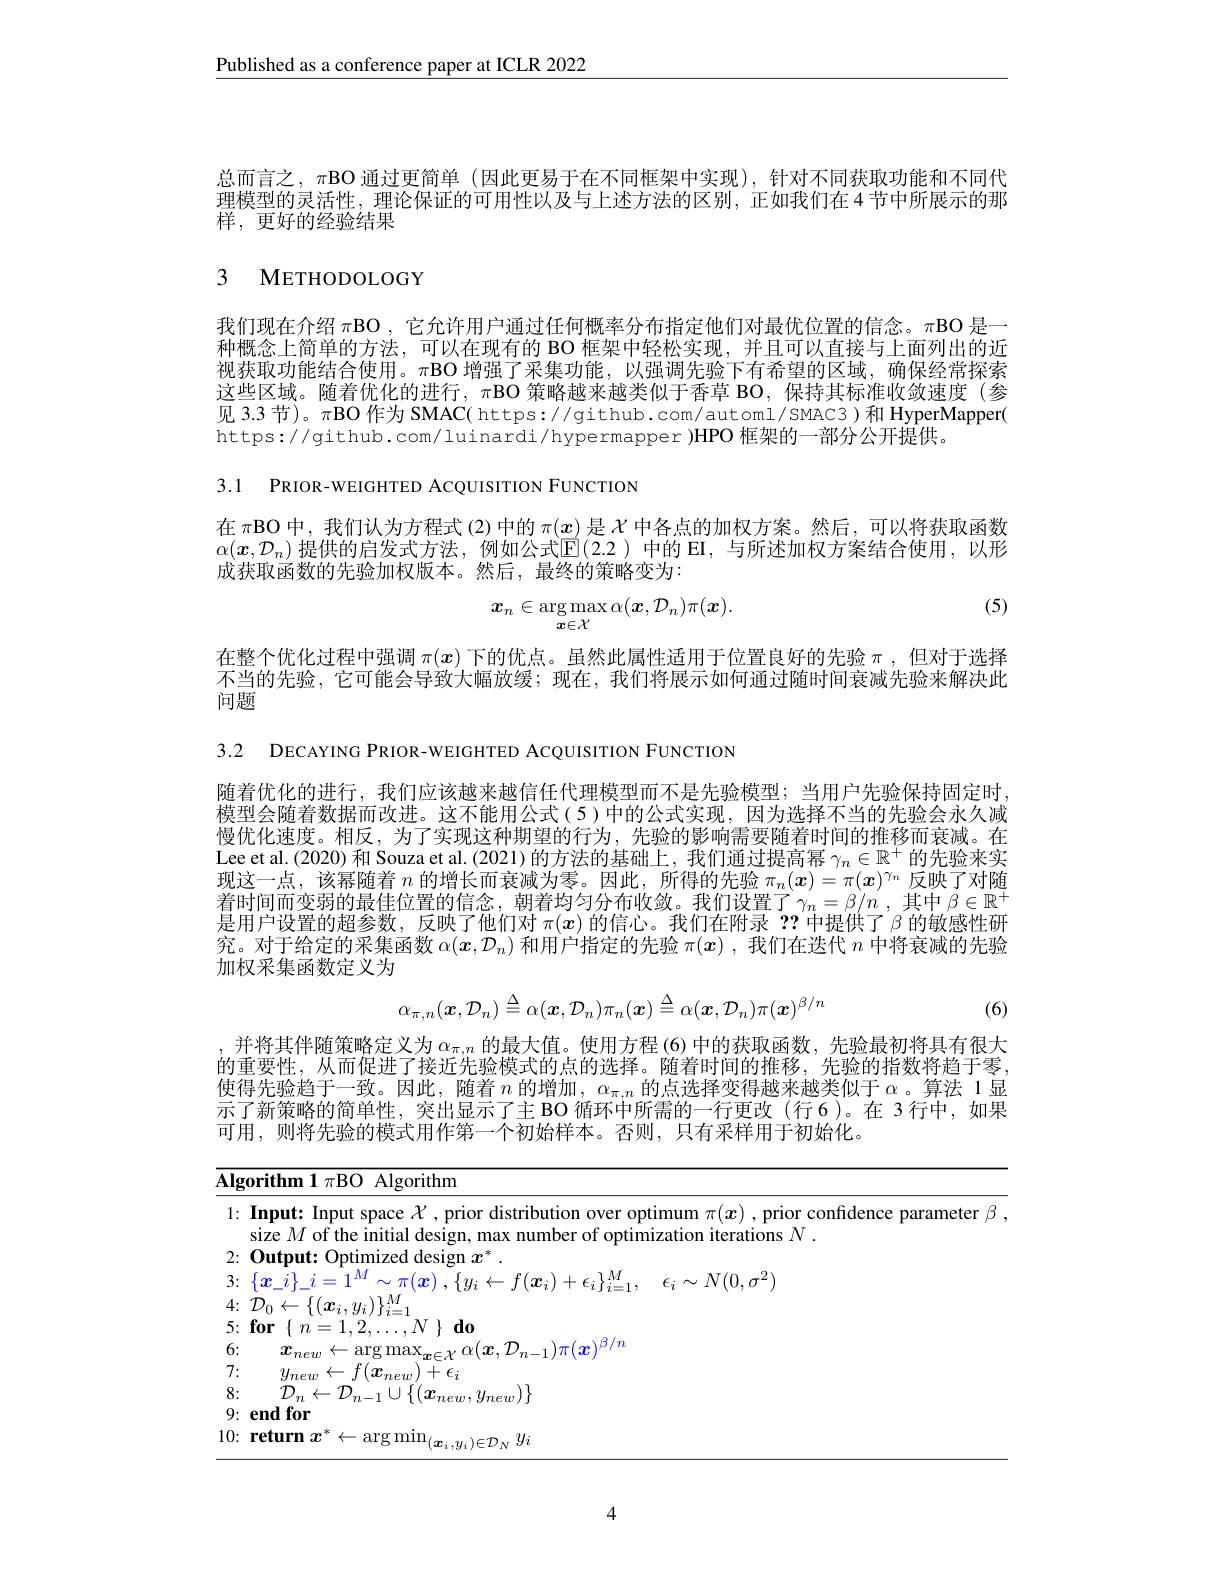
$\underline{\text{Published as a conference paper at ICLR 2022}}$

总而言之，$\pi$BO 通过更简单(因此更易于在不同框架中实现),针对不同获取功能和不同代理模型的灵活性，理论保证的可用性以及与上述方法的区别，正如我们在 4 节中所展示的那样，更好的经验结果

# 3 METHODOLOGY

我们现在介绍 πBO , 它允许用户通过任何概率分布指定他们对最优位置的信念。πBO 是一种概念上简单的方法，可以在现有的 BO 框架中轻松实现，并且可以直接与上面列出的近视获取功能结合使用。$\pi$BO 增强了采集功能，以强调先验下有希望的区域，确保经常探索这些区域。随着优化的进行，$\pi$BO 策略越来越类似于香草 BO,保持其标准收敛速度(参见 3.3 节)。$\pi$BO 作为 SMAC( https:// github. com/ automl/ SMAC3)和 HyperMapper( https://github.com/luinardi/hypermapper )HPO 框架的一部分公开提供。

3.1 PRIOR-WEIGHTED ACQUISITION FUNCTION

在$\pi$BO 中，我们认为方程式 (2) 中的$\pi(x)$是$\chi$中各点的加权方案。然后，可以将获取函数$\alpha(x,\mathcal{D}_n)$ 提供的启发式方法，例如公式$\mathbb{E}(2.2)$ 中的 EI, 与所述加权方案结合使用，以形成获取函数的先验加权版本。然后，最终的策略变为：

(5)
$$x_{n}\in\arg\max_{\boldsymbol{x}\in\mathcal{X}}\alpha(\boldsymbol{x},\mathcal{D}_{n})\pi(\boldsymbol{x}).$$
在整个优化过程中强调$\pi(x)$下的优点。虽然此属性适用于位置良好的先验$\pi$,但对于选择不当的先验，它可能会导致大幅放缓；现在，我们将展示如何通过随时间衰减先验来解决此问题

3.2 DECAYING PRIOR-WEIGHTED ACQUISITION FUNCTION

随着优化的进行，我们应该越来越信任代理模型而不是先验模型；当用户先验保持固定时， 模型会随着数据而改进。这不能用公式(5)中的公式实现，因为选择不当的先验会永久减慢优化速度。相反，为了实现这种期望的行为，先验的影响需要随着时间的推移而衰减。在Lee et al.(2020) 和 Souza et al.(2021)的方法的基础上，我们通过提高幂$\gamma_n\in\mathbb{R}^+$的先验来实现这一点，该幂随着$n$的增长而衰减为零。因此，所得的先验$\pi_n(x)=\pi(x)^{\gamma_n}$反映了对随着时间而变弱的最佳位置的信念，朝着均匀分布收敛。我们设置了$\gamma_n=\beta/n$ ,其中 $\beta\in\mathbb{R}^+$ 是用户设置的超参数，反映了他们对$\pi(x)$的信心。我们在附录？?中提供了$\beta$的敏感性研究。对于给定的采集函数$\alpha(x,\mathcal{D}_n)$和用户指定的先验$\pi(x)$ ,我们在迭代$n$中将衰减的先验加权采集函数定义为
$$\alpha_{\pi,n}(\boldsymbol{x},\mathcal{D}_{n})\triangleq\alpha(\boldsymbol{x},\mathcal{D}_{n})\pi_{n}(\boldsymbol{x})\triangleq\alpha(\boldsymbol{x},\mathcal{D}_{n})\pi(\boldsymbol{x})^{\beta/n}$$
(6)

并将其伴随策略定义为$\alpha_{\pi,n}$的最大值。使用方程 (6)中的获取函数，先验最初将具有很大的重要性，从而促进了接近先验模式的点的选择。随着时间的推移，先验的指数将趋于零， 使得先验趋于一致。因此，随着$n$的增加$,\alpha_\pi,n$的点选择变得越来越类似于 α。算法 1 显示了新策略的简单性，突出显示了主 BO 循环中所需的一行更改(行6)。在 3行中，如果可用，则将先验的模式用作第一个初始样本。否则，只有采样用于初始化。

<table>
	<tbody>
		<tr>
			<td>$\textbf{Algorithm 1}\pi$BO Algorithm</td>
			<td>$\overline{\mathbf{Alg}}$</td>
			<td>$\textbf{ithm 1 }\pi$BO Algorithm</td>
		</tr>
		<tr>
			<td>$1: \textbf{Input:  Input space }\mathcal{X} $,prior distribution over o size $M$ of the initial desion r max number of opti</td>
			<td>1:</td>
			<td>put: Input space $\mathcal{X}$, prior distribution over optimum $\pi(x)$, prior confidence parameter $_\beta$ $1ff$ alt iterations $N$</td>
		</tr>
		<tr>
			<td>$\mathbf{0}_{\mathrm{nfmin}}$</td>
			<td>2:</td>
			<td>scion</td>
		</tr>
		<tr>
			<td>6: 77 arg $v(\boldsymbol{r}^{\prime}\mathcal{D}$ TIT</td>
			<td>6:</td>
			<td>$x_{new}$ Aroma $\boldsymbol{r}(\boldsymbol{\gamma}_{i}$ 1. T( $\eta$ 1777</td>
		</tr>
		<tr>
			<td>7: $+\epsilon_{i}$ 71</td>
			<td>7:</td>
			<td>$m_{P}$ $+\epsilon_{i}$</td>
		</tr>
		<tr>
			<td>8: ${\mathcal{D}}_{n}$ 1. </td>
			<td>8:</td>
			<td>${\mathcal{D}}_{\mathrm{n}}\leftarrow{\mathcal{D}}_{\mathrm{n}}_{\mathrm{1}}|$</td>
		</tr>
		<tr>
			<td>9. : endfor</td>
			<td>9:</td>
			<td>$1dfor$</td>
		</tr>
		<tr>
			<td>111 $U_{c}$</td>
			<td>10:</td>
			<td>turm $\mathcal{T}$ $-n\ldots u_{2}$</td>
		</tr>
	</tbody>
</table>

4